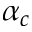
\alpha _ { c }